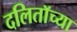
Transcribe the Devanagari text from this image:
दलिताॅच्या